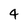
Character: 4